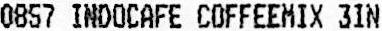
0857 INDOCAFE COFFEEMIX 3IN